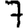
Digit: 7